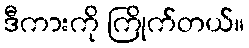
ဒီကားကို ကြိုက်တယ်။